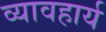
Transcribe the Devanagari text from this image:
व्यावहार्य